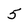
Character: 5